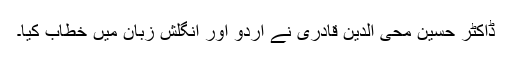
ڈاکٹر حسین محی الدین قادری نے اردو اور انگلش زبان میں خطاب کیا۔